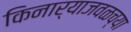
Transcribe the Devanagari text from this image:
किनार्‍याजवळच्या